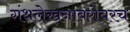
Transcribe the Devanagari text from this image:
गंथलेखनाबरोबरच